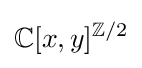
\mathbb {C} [x,y]^{\mathbb {Z} /2}